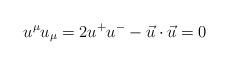
\begin{align*}u^{\mu}u_{\mu} = 2 u^{+}u^{-} - \vec{u}\cdot \vec{u} = 0\end{align*}